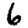
Digit: 6